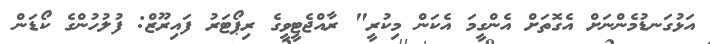
އަޅުގަނޑުމެންނަށް އެގޮތަށް އެންގީމަ އެކަން މިކުރީ" ރާއްޖެޓީވީގެ ރިޕޯޓަރު ފައިރޫޒް: ފުލުހުންގެ ކޯޑަން